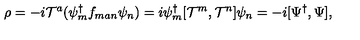
\rho = - i { \cal T } ^ { a } ( { \psi } _ { m } ^ { \dagger } f _ { m a n } { \psi } _ { n } ) = i \psi _ { m } ^ { \dagger } [ { \cal T } ^ { m } , { \cal T } ^ { n } ] \psi _ { n } = - i [ \Psi ^ { \dagger } , \Psi ] ,